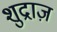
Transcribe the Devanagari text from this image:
शुद्राज़